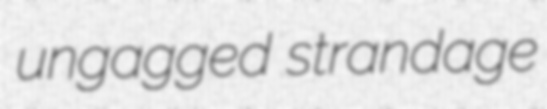
ungagged strandage